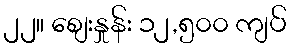
၂၂။ စျေးနှုန်း ၁၂,၅၀၀ ကျပ်